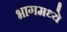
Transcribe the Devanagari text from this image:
भागमध्ये